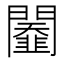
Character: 𨷆